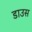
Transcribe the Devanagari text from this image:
डाउस